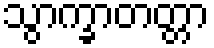
သွာက္ခာတတ္တာ